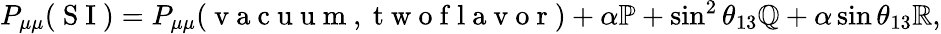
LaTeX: \begin{array}{r}{P_{\mu\mu}(\mathrm{~S~I~})=P_{\mu\mu}(\mathrm{~v~a~c~u~u~m~},\mathrm{~t~w~o~f~l~a~v~o~r~})+\alpha\mathbb{P}+\sin^{2}\theta_{13}\mathbb{Q}+\alpha\sin\theta_{13}\mathbb{R},}\end{array}